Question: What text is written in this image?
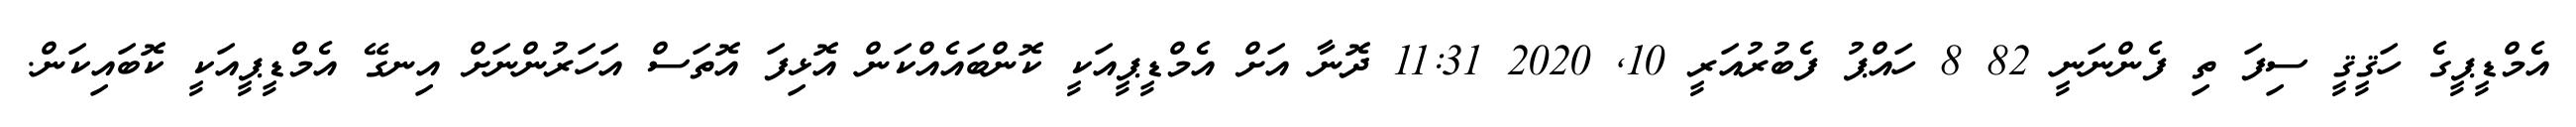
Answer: އެމްޑީޕީގެ ހަޤީޤީ ސިފަ ތި ފެންނަނީ 82 8 ހައްޕު ފެބުރުއަރީ 10, 2020 11:31 ދޮނާ އަށް އެމްޑީޕީއަކީ ކޮންބައެއްކަން އޮޅިފަ އޮތަސް އަހަރުންނަށް އިނގޭ އެމްޑީޕީއަކީ ކޮބައިކަން.